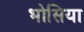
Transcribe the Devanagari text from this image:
भोसिया